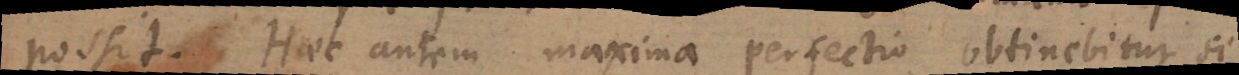
possit. Haec autem maxima perfectio obtinebitur, si